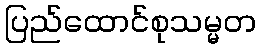
ပြည်ထောင်စုသမ္မတ